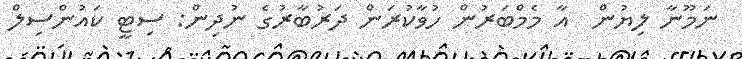
ނަމޫނާ ލިޔުން  އާ މެމްބަރުން ހުވާކުރަން ދަރުބާރުގެ ނުދިން: ސިޓީ ކައުންސިލް